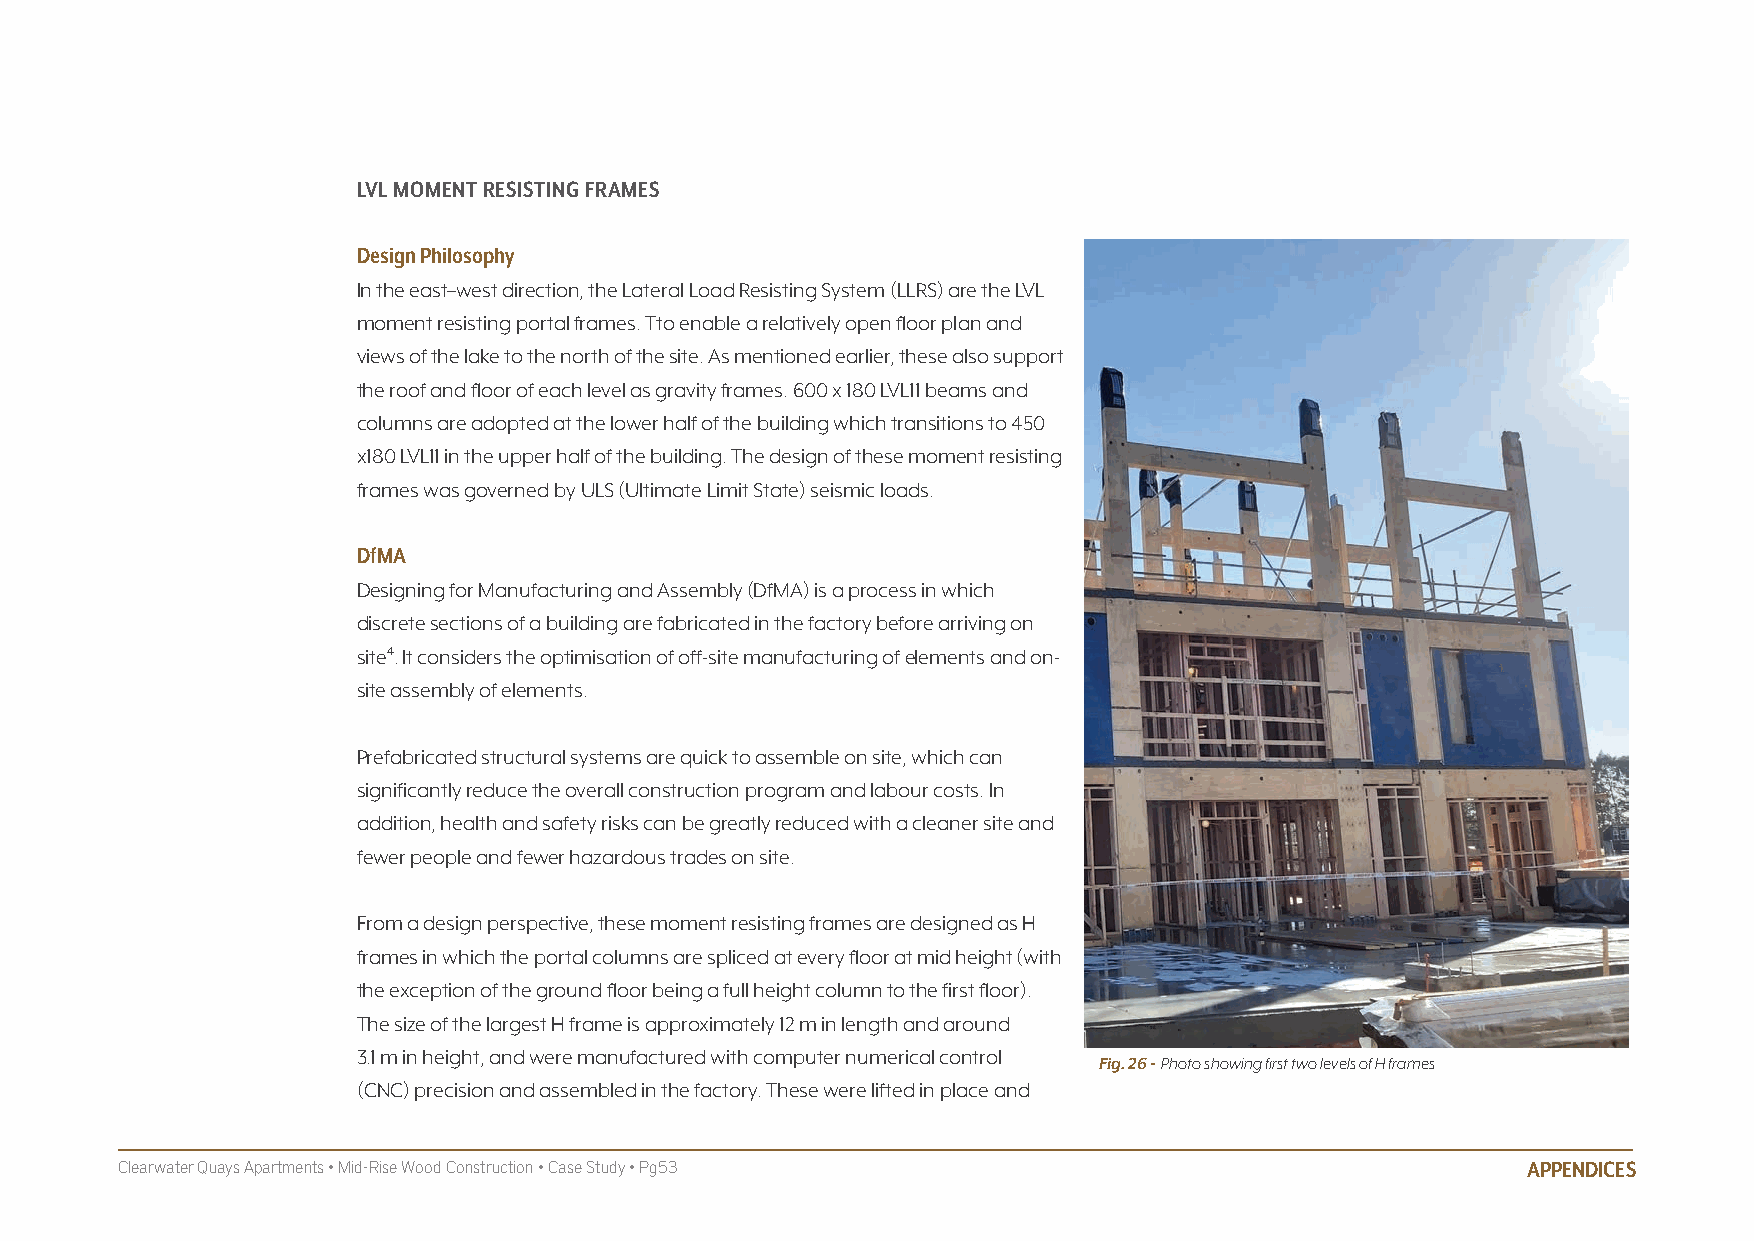
LvL mOmENT RESISTING fRAmES
 Design Philosophy
 In the east–west direction, the Lateral Load Resisting System (LLRS) are the LVL
 moment resisting portal frames. Tto enable a relatively open floor plan and
 views of the lake to the north of the site. As mentioned earlier, these also support
 the roof and floor of each level as gravity frames. 600 x 180 LVL11 beams and
 columns are adopted at the lower half of the building which transitions to 450
 x180 LVL11 in the upper half of the building. The design of these moment resisting
 frames was governed by ULS (Ultimate Limit State) seismic loads.
 DfmA
 Designing for Manufacturing and Assembly (DfMA) is a process in which
 discrete sections of a building are fabricated in the factory before arriving on
 site4. It considers the optimisation of off-site manufacturing of elements and on-
 site assembly of elements.
 Prefabricated structural systems are quick to assemble on site, which can
 significantly reduce the overall construction program and labour costs. In
 addition, health and safety risks can be greatly reduced with a cleaner site and
 fewer people and fewer hazardous trades on site.
 From a design perspective, these moment resisting frames are designed as H
 frames in which the portal columns are spliced at every floor at mid height (with
 the exception of the ground floor being a full height column to the first floor).
 The size of the largest H frame is approximately 12 m in length and around
 3.1 m in height, and were manufactured with computer numerical control
 Fig. 26 - Photo showing first two levels of H frames
 (CNC) precision and assembled in the factory. These were lifted in place and
 Clearwater Quays Apartments • Mid-Rise Wood Construction • Case Study • Pg53                 APPENDICES